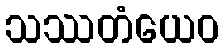
သဿတံယေဝ